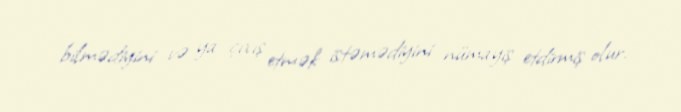
bilmədiyini və ya çıxış etmək istəmədiyini nümayiş etdirmiş olur.